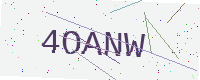
Text: 4OANW